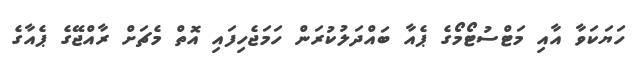
ހަޔަކަވާ އާއި މަޓްސުޓޯމޯގެ ޕެއާ ބައްދަލުކުރަން ހަމަޖެހިފައި އޮތް މެޗަށް ރާއްޖޭގެ ޕެއާގެ